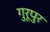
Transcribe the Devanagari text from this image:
गुरूपुर